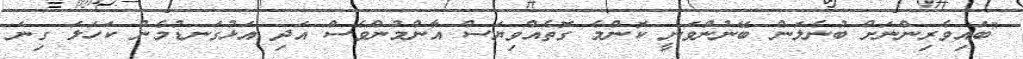
"ބައިވެރިންނަށް ބުނެލަން ބޭނުންވަނީ ކޮންމެ ގޮތެއްވިޔަސް އާންމުންވެސް އަދި އަޅުގަނޑުމެން ކަހަލަ ގިނަ